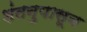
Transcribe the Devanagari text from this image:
शंतनुपासून